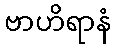
ဗာဟိရာနံ